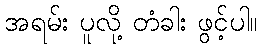
အရမ်း ပူလို့ တံခါး ဖွင့်ပါ။